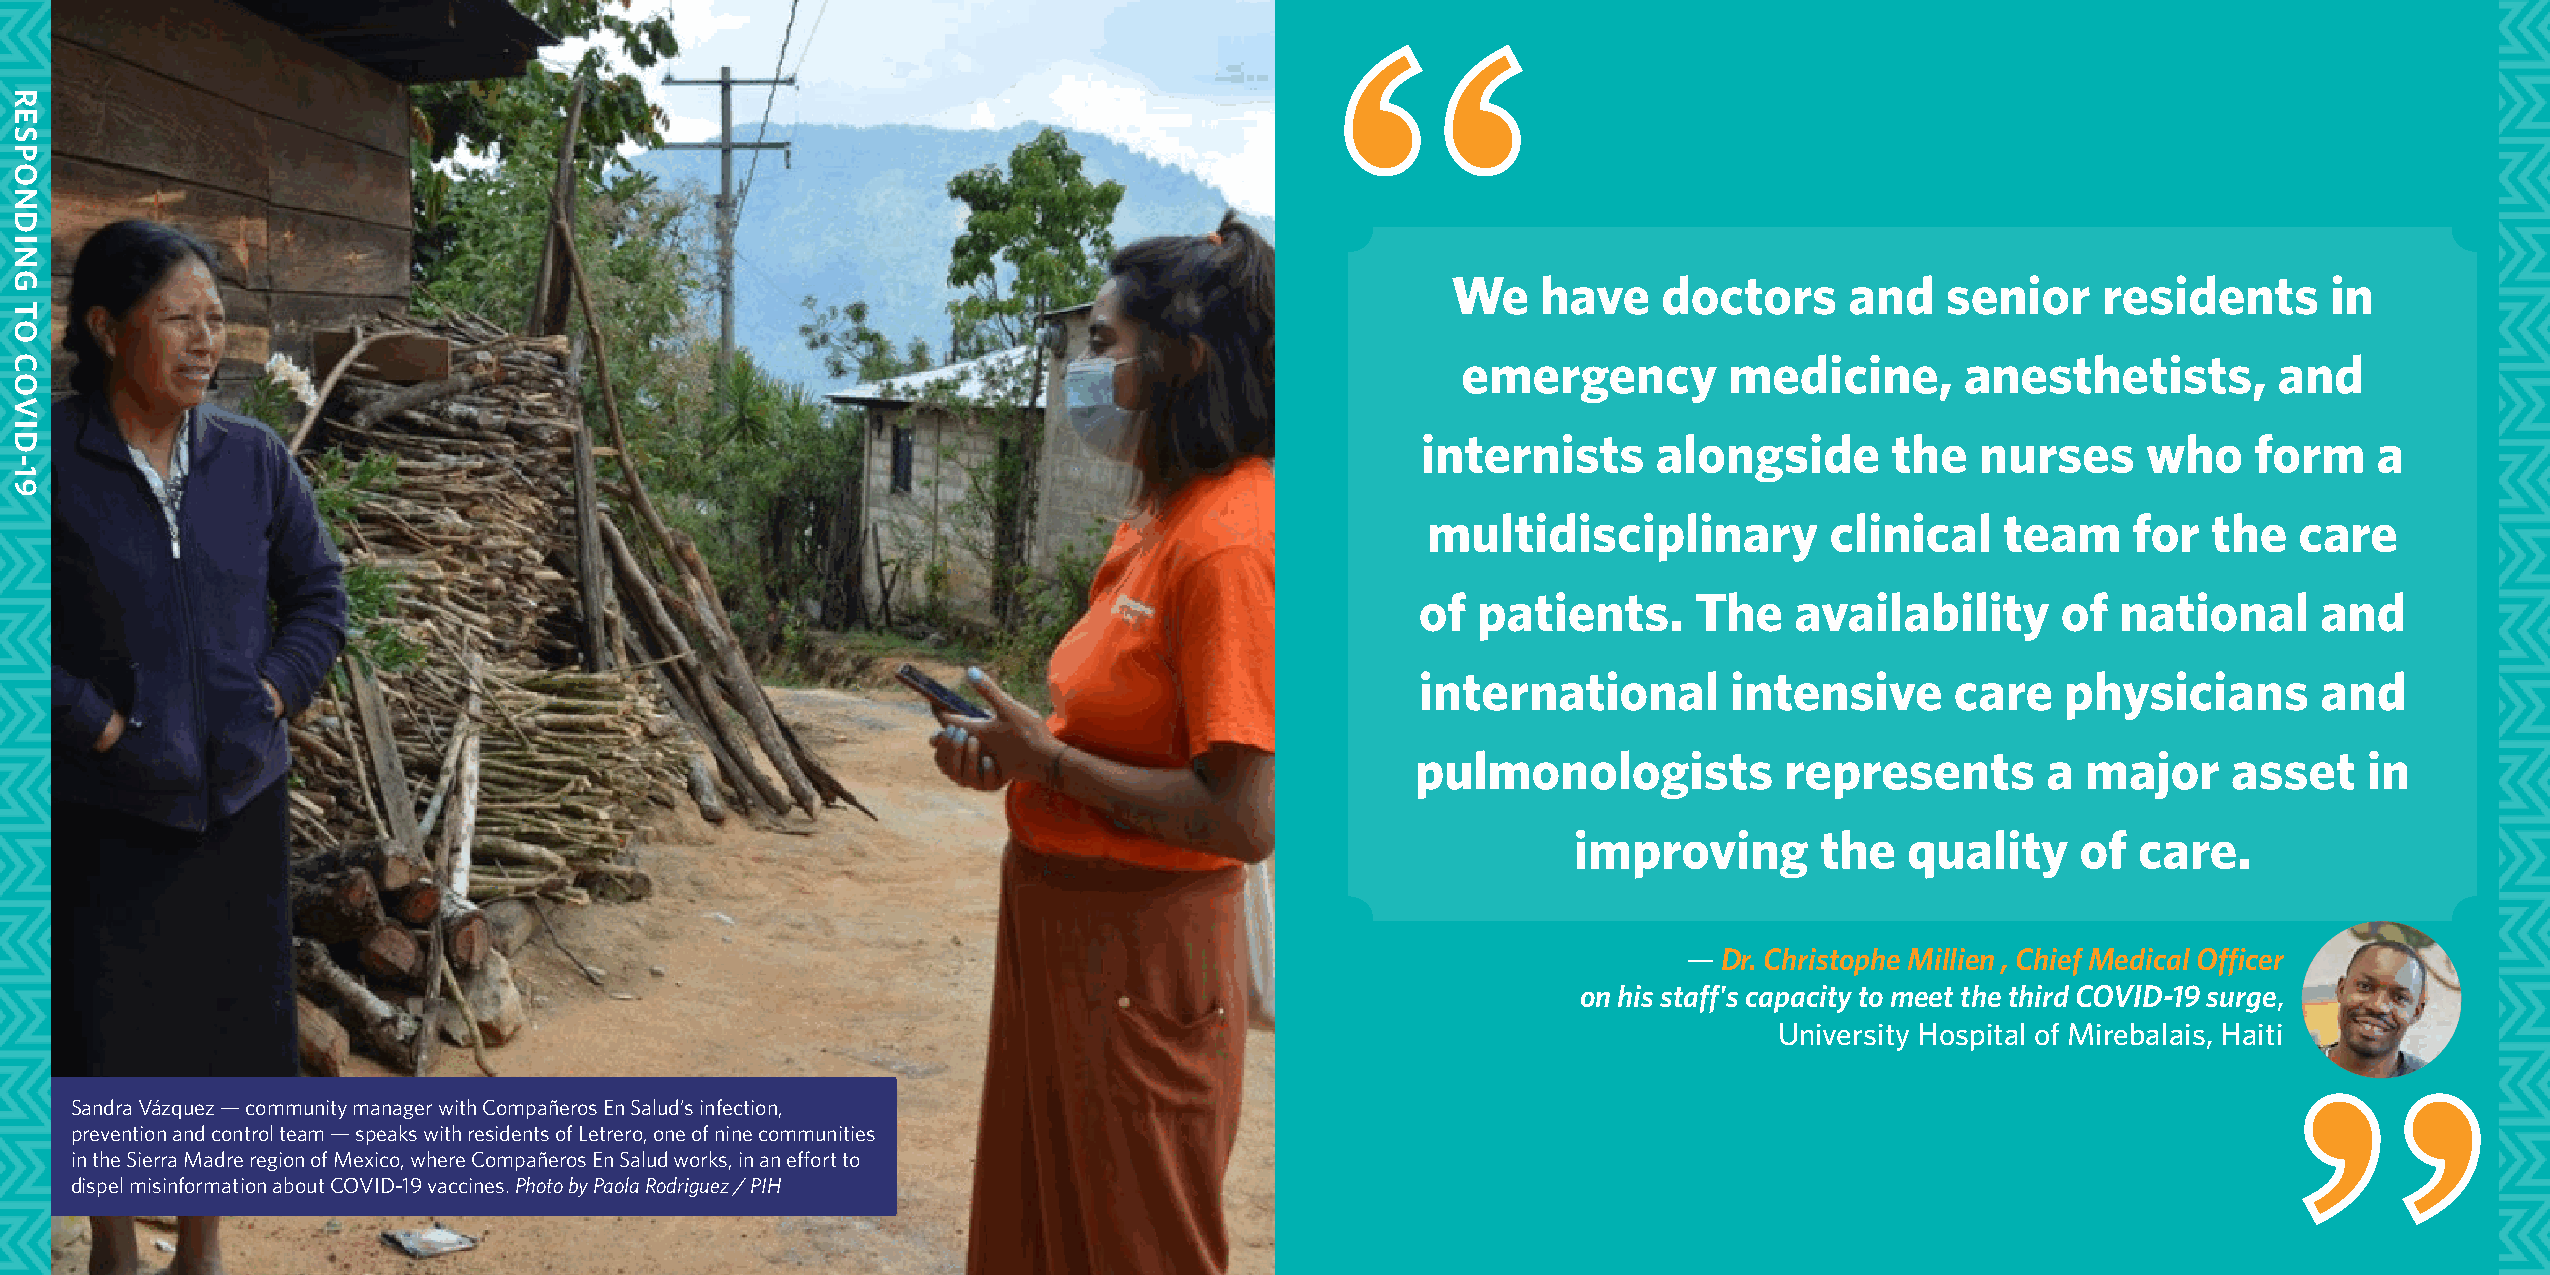
We    have    doctors     and    senior    residents      in
 emergency        medicine,       anesthetists,        and
 internists      alongside      the   nurses     who    form    a
 multidisciplinary          clinical    team    for  the   care
 of  patients.     The    availability     of  national      and
 international        intensive     care    physicians       and
 pulmonologists          represents       a  major     asset    in
 improving       the   quality     of  care.
 — Dr. Christophe Millien , Chief Medical Officer
 on his staff's capacity to meet the third COVID-19 surge,
 University Hospital of Mirebalais, Haiti
 Sandra Vázquez — community manager with Compañeros En Salud’s infection,
 prevention and control team — speaks with residents of Letrero, one of nine communities
 in the Sierra Madre region of Mexico, where Compañeros En Salud works, in an effort to
 dispel misinformation about COVID-19 vaccines. Photo by Paola Rodriguez / PIH
 18                                                                                                                                                        19
 RESPONDING
 TO
 COVID-19